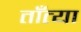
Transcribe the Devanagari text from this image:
ताँत्या